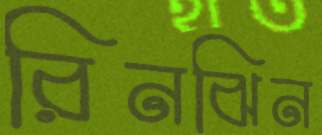
রিনঝিন